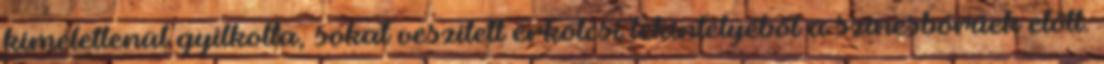
kíméletlenül gyilkolta, sokat veszített erkölcsi tekintélyéből a színesbőrűek előtt.